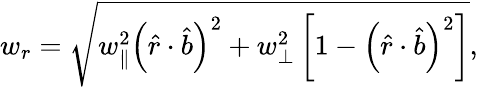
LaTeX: w_{r}=\sqrt{w_{\parallel}^{2}\left(\hat{r}\cdot\hat{b}\right)^{2}+w_{\perp}^{2}\left[1-\left(\hat{r}\cdot\hat{b}\right)^{2}\right]},